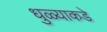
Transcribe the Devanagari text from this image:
धुळ्याकडे